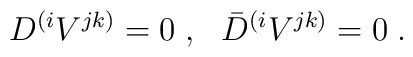
D^{(i}V^{jk)}=0\;,\ \ \bar D^{(i}V^{jk)}=0\;.